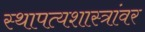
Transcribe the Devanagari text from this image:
स्थापत्यशास्त्रांवर